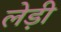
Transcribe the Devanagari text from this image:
लेड़ी